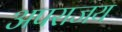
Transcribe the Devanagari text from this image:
अपराजय